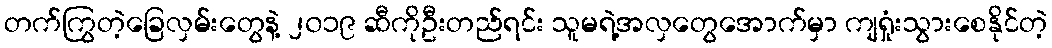
တက်ကြွတဲ့ခြေလှမ်းတွေနဲ့ ၂၀၁၉ ဆီကိုဦးတည်ရင်း သူမရဲ့အလှတွေအောက်မှာ ကျရှုံးသွားစေနိုင်တဲ့